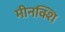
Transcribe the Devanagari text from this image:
मीनक्शि